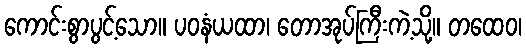
ကောင်းစွာပွင့်သော။ ပဝနံယထာ၊ တောအုပ်ကြီးကဲ့သို့။ တထေဝ၊